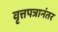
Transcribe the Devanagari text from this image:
वृत्तपत्रानंतर